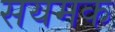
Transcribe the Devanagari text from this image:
सयमक